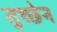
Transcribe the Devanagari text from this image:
तुच्छेन